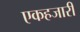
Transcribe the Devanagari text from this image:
एकहजारी